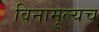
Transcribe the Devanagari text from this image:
विनामूल्यच